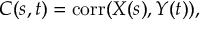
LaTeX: C ( s , t ) = \operatorname { c o r r } ( X ( s ) , Y ( t ) ) ,